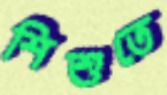
শিশুতে